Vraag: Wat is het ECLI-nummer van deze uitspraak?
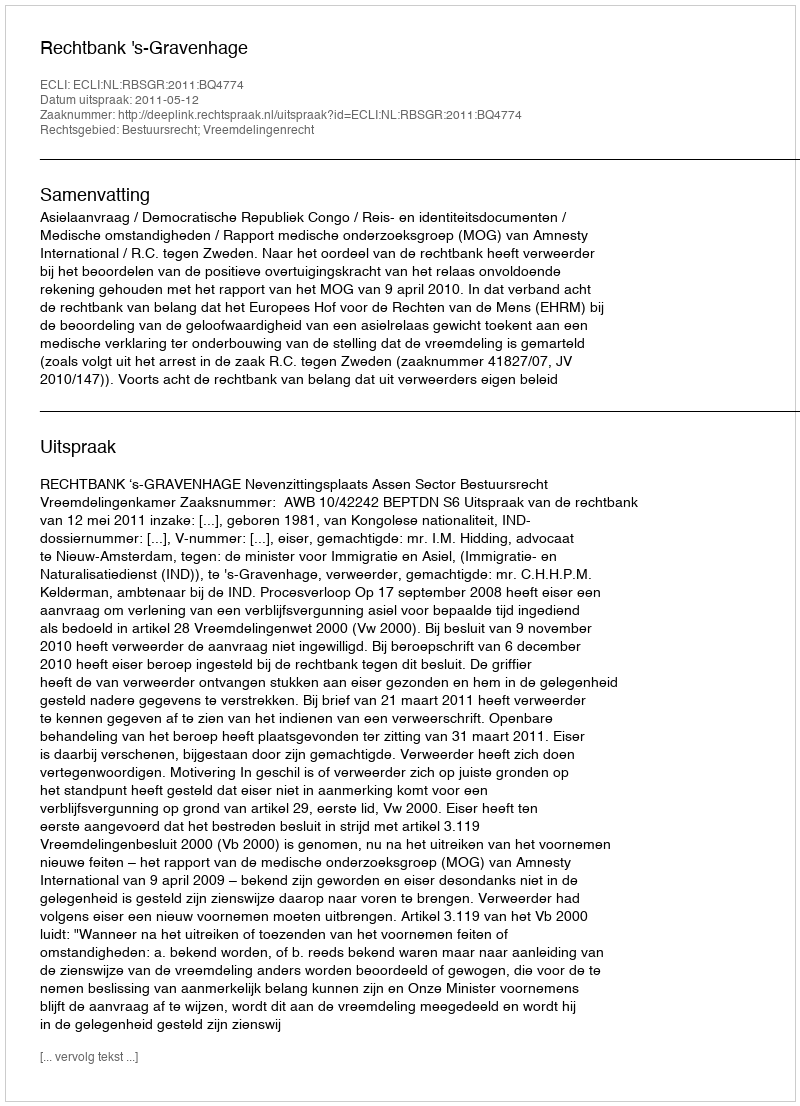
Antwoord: ECLI:NL:RBSGR:2011:BQ4774